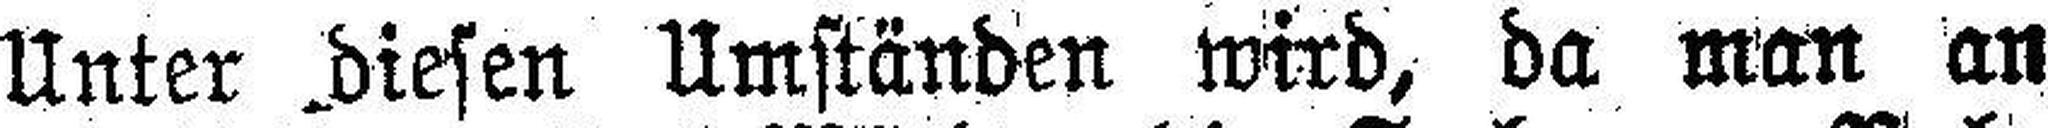
Unter .diesen Umständen wird, da man an